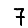
Digit: 7